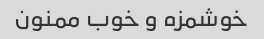
خوشمزه و خوب ممنون